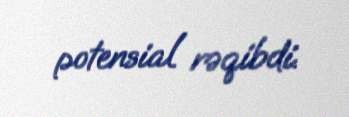
potensial rəqibdi.